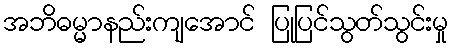
အဘိဓမ္မာနည်းကျအောင် ပြုပြင်သွတ်သွင်းမှု